Vital statistics of India. Vol. V, Reports of 1876 on armies & jails and on epidemic cholera
Year: 1876
Disease focus: Cholera
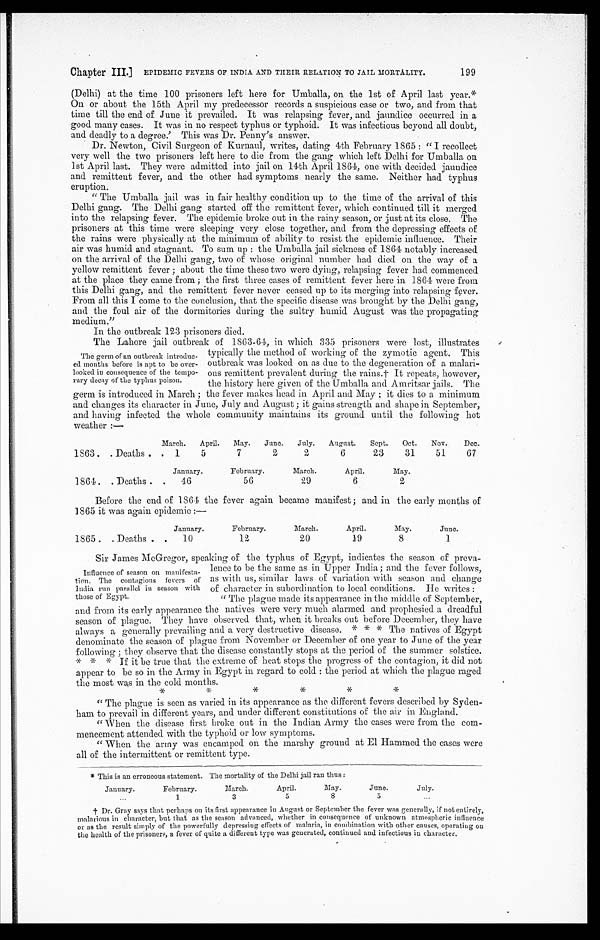
Chapter III.] EPIDEMIC FEVERS OF INDIA AND THEIR RELATION TO JAIL MORTALITY.
199
(Delhi) at the time 100 prisoners left here for Umballa, on the 1st of April last year.*
On or about the 15th April my predecessor records a suspicious case or two, and from that
time till the end of June it prevailed. It was relapsing fever, and jaundice occurred in a
good many cases. It was in no respect typhus or typhoid. It was infectious beyond all doubt,
and deadly to a degree.' This was Dr. Penny's answer.
Dr. Newton, Civil Surgeon of Kurnaul, writes, dating 4th February 1865: "I recollect
very well the two prisoners left here to die from the gang which left Delhi for Umballa on
1 s t A p r i l l a s t . T h e y w e r e a d m i t t e d i n t o j a i l o n 1 4 t h A p r i l 1 8 6 4 , o n e w i t h d e c i d e d j a u n d i c e
and remittent fever, and the other had symptoms nearly the same. Neither had typhus
eruption.
"The Umballa jail was in fair healthy condition up to the time of the arrival of this
Delhi gang. The Delhi gang started off the remittent fever, which continued till it merged
into the relapsing fever. The epidemic broke out in the rainy season, or just at its close. The
prisoners at this time were sleeping very close together, and from the depressing effects of
the rains were physically at the minimum of ability to resist the epidemic influence. Their
air was humid and stagnant. To sum up: the Umballa jail sickness of 1864 notably increased
on the arrival of the Delhi gang, two of whose original number had died on the way of a
yellow remittent fever; about the time these two were dying, relapsing fever had commenced
at the place they came from; the first three cases of remittent fever here in 1864 were from
this Delhi gang, and the remittent fever never ceased up to its merging into relapsing fever.
From all this I come to the conclusion, that the specific disease was brought by the Delhi gang,
and the foul air of the dormitories during the sultry humid August was the propagating
medium."
In the outbreak 123 prisoners died.
The germ of an outbreak introduc-
ed months before is apt to be over-
looked in consequence of the tempo-
rary decay of the typhus poison.
The Lahore jail outbreak of 1863-64, in which 335 prisoners were lost, illustrates
typically the method of working of the zymotic agent. This
outbreak was looked on as due to the degeneration of a malari-ous remittent prevalent during the rains.† It repeats, however, the history here given of the Umballa and Amritsar jails. The
germ is introduced in March; the fever makes head in April and May; it dies to a minimum
and changes its character in June, July and August; it gains strength and shape in September,
and having infected the whole community maintains its ground until the following hot
weather:
—
March. April. May. June. July. August. Sept. Oct. Nov. Dec.
1863
Deaths
1
5
7
2
2
6
23
31
51
67
January.
February.
March.
April.
May.
1864
Deaths
46
56
29
6
2
Before the end of 1864 the fever again became manifest; and in the early months of
1865 it was again epidemic:—
January.
February.
March.
April.
May.
June.
1865
Deaths
10
12
20
19
8
1
Sir James McGregor, speaking of the typhus of Egypt, indicates the season of preva-
lence to be the same as in Upper India; and the fever follows,
as with us, similar laws of variation with season and change
of character in subordination to local conditions. He writes:
" The plague made its appearance in the middle of September,
and from its early appearance the natives were very much alarmed and prophesied a dreadful
season of plague. They have observed that, when it breaks out before December, they have
always a generally prevailing and a very destructive disease. * * * The natives of Egypt
denominate the season of plague from November or December of one year to June of the year
following; they observe that the disease constantly stops at the period of the summer solstice.
* * * If it be true that the extreme of heat stops the progress of the contagion, it did not
appear to be so in the Army in Egypt in regard to cold: the period at which the plague raged
the most was in the cold months.
"The plague is seen as varied in its appearance as the different fevers described by Syden
-ham to prevail in different years, and under different constitutions of the air in England.
"When the disease first broke out in the Indian Army the cases were from the com
-mencement attended with the typhoid or low symptoms.
"When the army was encamped on the marshy ground at El Hammed the cases were
all of the intermittent or remittent type.
* This is an erroneous statement. The mortality of the Delhi jail ran thus:
January.
February.
March.
April.
May.
June.
July.
1
3
5
8
5
†Dr. Gray says that perhaps on its first appearance in August or September the fever was generally, if not entirely,
malarious in character, but that as the season advanced, whether in consequence of unknown atmospheric influence
or as the result simply of the powerfully depressing effects of malaria, in combination with other causes, operating on
the health of the prisoners, a fever of quite a different type was generated, continued and infectious in character.
Influence of season on manifesta
- t i o n . T h e c o n t a g i o u s f e v e r s o f
India run parallel in season with
those of Egypt.